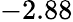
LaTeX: -2.88